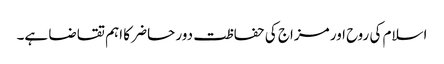
اسلام کی روح اور مزاج کی حفاظت دور حاضر کا اہم تقاضا ہے۔